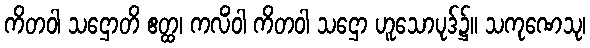
ကိတဝါ သဌောတိ ဧတ္ထ၊ ကလိံဝါ ကိတဝါ သဌော ဟူသောပုဒ်၌။ သကုဏေသု၊